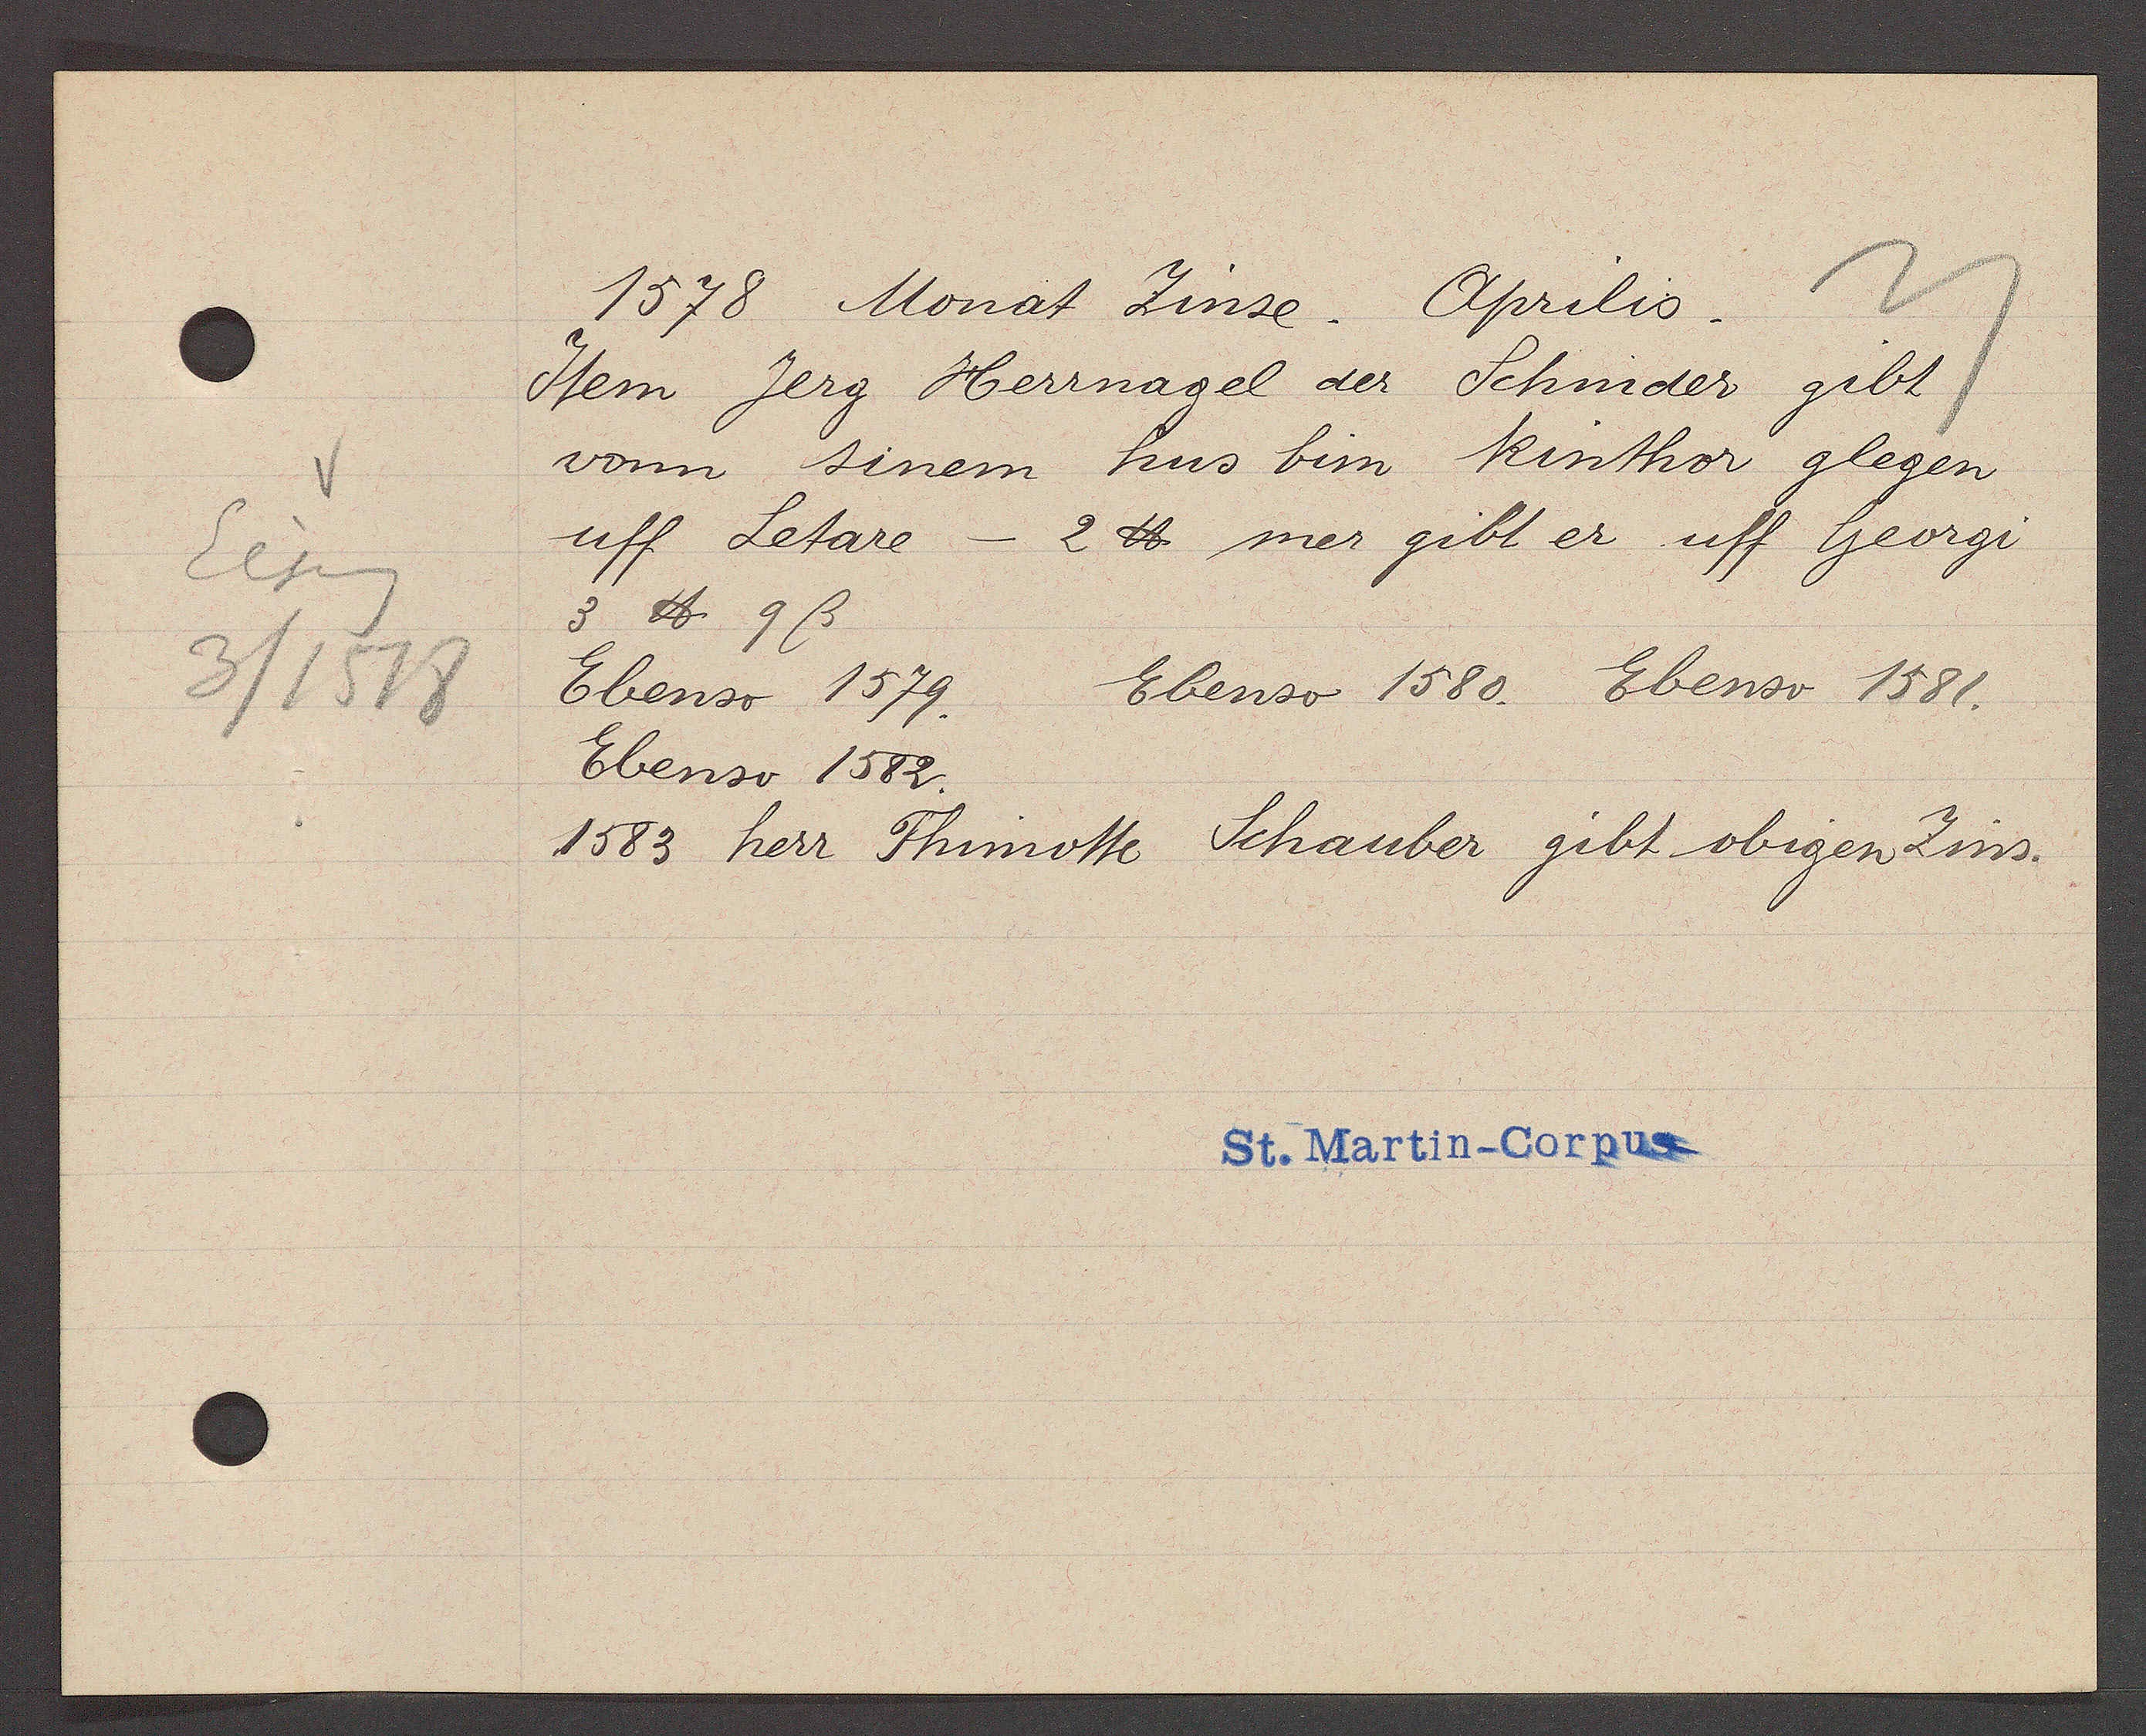
Transcript:
Eiseng
3/1518

1578 Monat Zinse. Aprilis.
Item Jerg Herrnagel der Schnider gibt
vonn sinem hus bim Rinthor glegen
uff letare - 2℔ mer gibt er uff Georgi
3 ℔ 9ß
Ebenso 1579. Ebenso 1580. Ebenso 1581.
Ebenso 1582.
1583 herr Thimotte Schauber gibt obigen Zins.